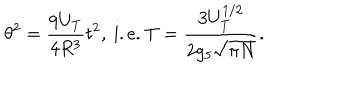
\theta ^ { 2 } = \frac { 9 U _ { T } } { 4 R ^ { 3 } } t ^ { 2 } , ~ \mathrm { i . e . } ~ T = \frac { 3 U _ { T } ^ { 1 / 2 } } { 2 g _ { 5 } \sqrt { \pi N } } .